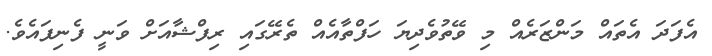
އެފަދަ އެތައް މަންޒަރެއް މި ވޭތުވެދިޔަ ހަފްތާއެއް ތެރޭގައި ރިފްޝާއަށް ވަނީ ފެނިފައެވެ.